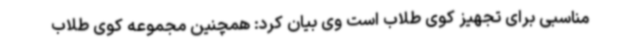
مناسبی برای تجهیز کوی طلاب است وی بیان کرد: همچنین مجموعه کوی طلاب